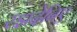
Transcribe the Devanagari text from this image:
रझदेनिए